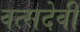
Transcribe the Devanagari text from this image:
वत्सदेवी